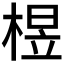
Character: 𰗽